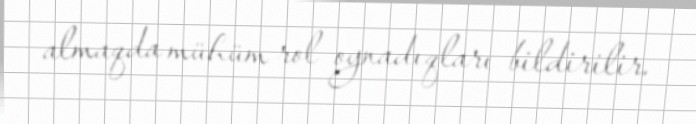
almaqda mühüm rol oynadıqları bildirilir.